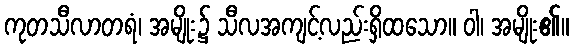
ကုတသီလာတရံ၊ အမျိုး၌ သီလအကျင့်လည်းရှိထသော။ ဝါ၊ အမျိုး၏။